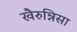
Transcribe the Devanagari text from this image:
खैरुन्निसा